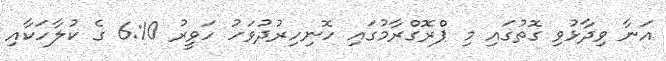
އަނާ ވިދާޅުވި ގޮތުގައި މި ޕްރޮގްރާމުގައި ހޮނިހިރުދުވަހު ހަވީރު 6:10 ގެ ކުލާހަކާއި